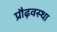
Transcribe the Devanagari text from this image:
प्रौढ़वस्था